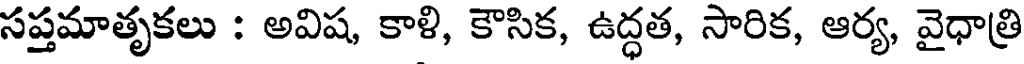
సప్తమాతృకలు : అవిష, కాళి, కౌసిక, ఉద్ధత, సారిక, ఆర్య, వైధాత్రి